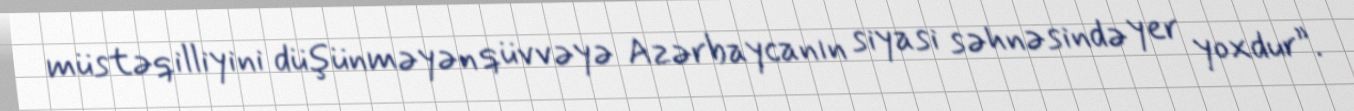
müstəqilliyini düşünməyən qüvvəyə Azərbaycanın siyasi səhnəsində yer yoxdur”.